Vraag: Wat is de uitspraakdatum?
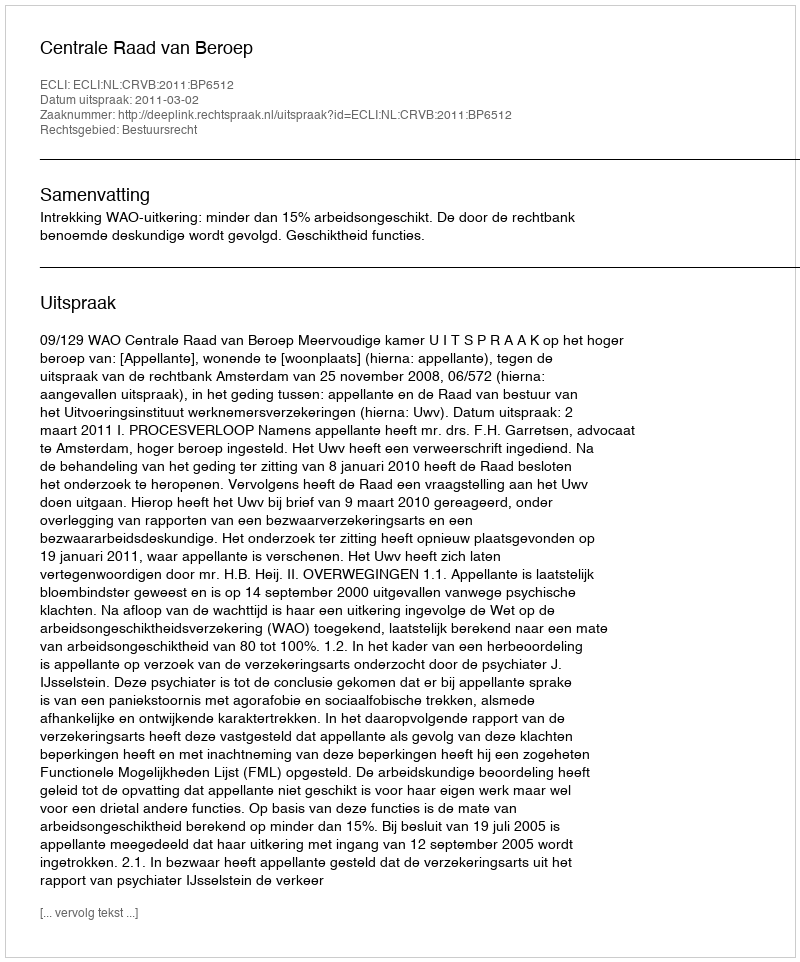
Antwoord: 2011-03-02